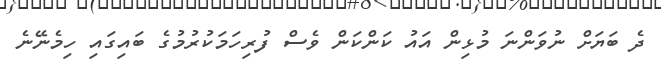
ދެ ބަޔަށް ނުވަންނަ މުޅިން އައު ކަންކަން ވެސް ފުރިހަމަކުރުމުގެ ބައިގައި ހިމެނޭނެ